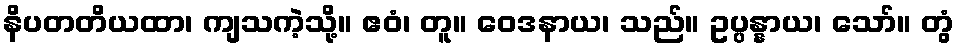
နိပတတိယထာ၊ ကျသကဲ့သို့။ ဧဝံ၊ တူ။ ဝေဒနာယ၊ သည်။ ဥပ္ပန္နာယ၊ သော်။ တွံ